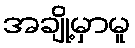
အချို့မှာမူ